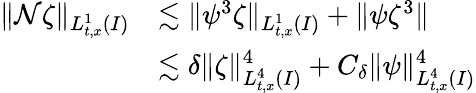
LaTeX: \begin{array}{rl}{\| \mathcal{N}\zeta\| _{L_{t,x}^{1}(I)}}&{\lesssim\| \psi^{3}\zeta\| _{L_{t,x}^{1}(I)}+\| \psi\zeta^{3}\| }\\ &{\lesssim\delta\| \zeta\| _{L_{t,x}^{4}(I)}^{4}+C_{\delta}\| \psi\| _{L_{t,x}^{4}(I)}^{4}}\end{array}